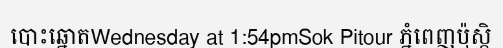
បោះឆ្នោតWednesday at 1:54pmSok Pitour ភ្នំពេញប៉ុស្តិ